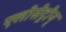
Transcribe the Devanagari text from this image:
एलोसेट्रोन्